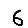
Digit: 6